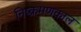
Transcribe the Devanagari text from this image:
निष्क्रमणकाल